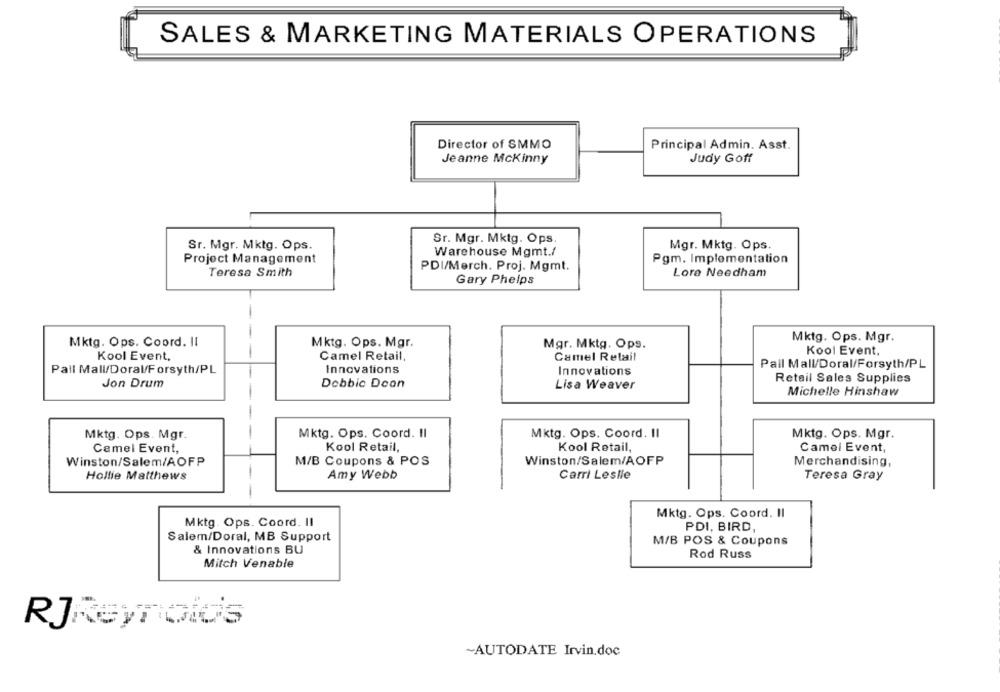
SALES & MARKETING MATERIALS OPERATIONS
Director of SMMO
Principal Admin. Asst.
Jeanne McKinny
Judy Goff
Sr. Mgr. Mktg. Ops.
Sr. Mgr. Mktg. Ops.
Mgr. Mktg. Ops.
Warehouse Mgmt./
Project Management
Pgm. Implementation
PDI/Merch. Proj. Mgmt.
Teresa Smith
Lore Needham
Gary Phelps
-
Mktg. Ops. Mgr.
Mktg. Ops. Coord. II
Mktg. Ops. Mgr.
Mgr. Mktg. Ops.
-
Kool Event.
Kool Event,
Camel Retail,
Camel Retail
Pall Mall/Doral/Forsyth/PL
Pall Mall/Doral/Forsyth/PL
Innovations
Innovations
Retail Sales Supplies
Jon Drum
Dobbic Doon
Lisa Weaver
Michelle Hinshaw
Mktg. Ops. Mgr.
Mktg. Ops. Coord. Il
Mktg. Ops. Coord. Il
Mktg. Ops. Mgr.
Camel Event,
Kool Retail,
Kool Retail,
Camel Event,
Winston/Salem/AOFP
M/B Coupons & POS
Winston/Salem/AOFP
Merchandising,
Hollie Matthews
Amy Webb
Carri Leslle
Teresa Gray
Mktg. Ops. Coord. Il
Mktg. Ops. Coord. 11
PDI, BIRD
Salem/Doral, MB Support
M/B POS & Coupons
& Innovations BU
Rod Russ
Mitch Venable
RJReynolds
~AUTODATE Irvin.doc